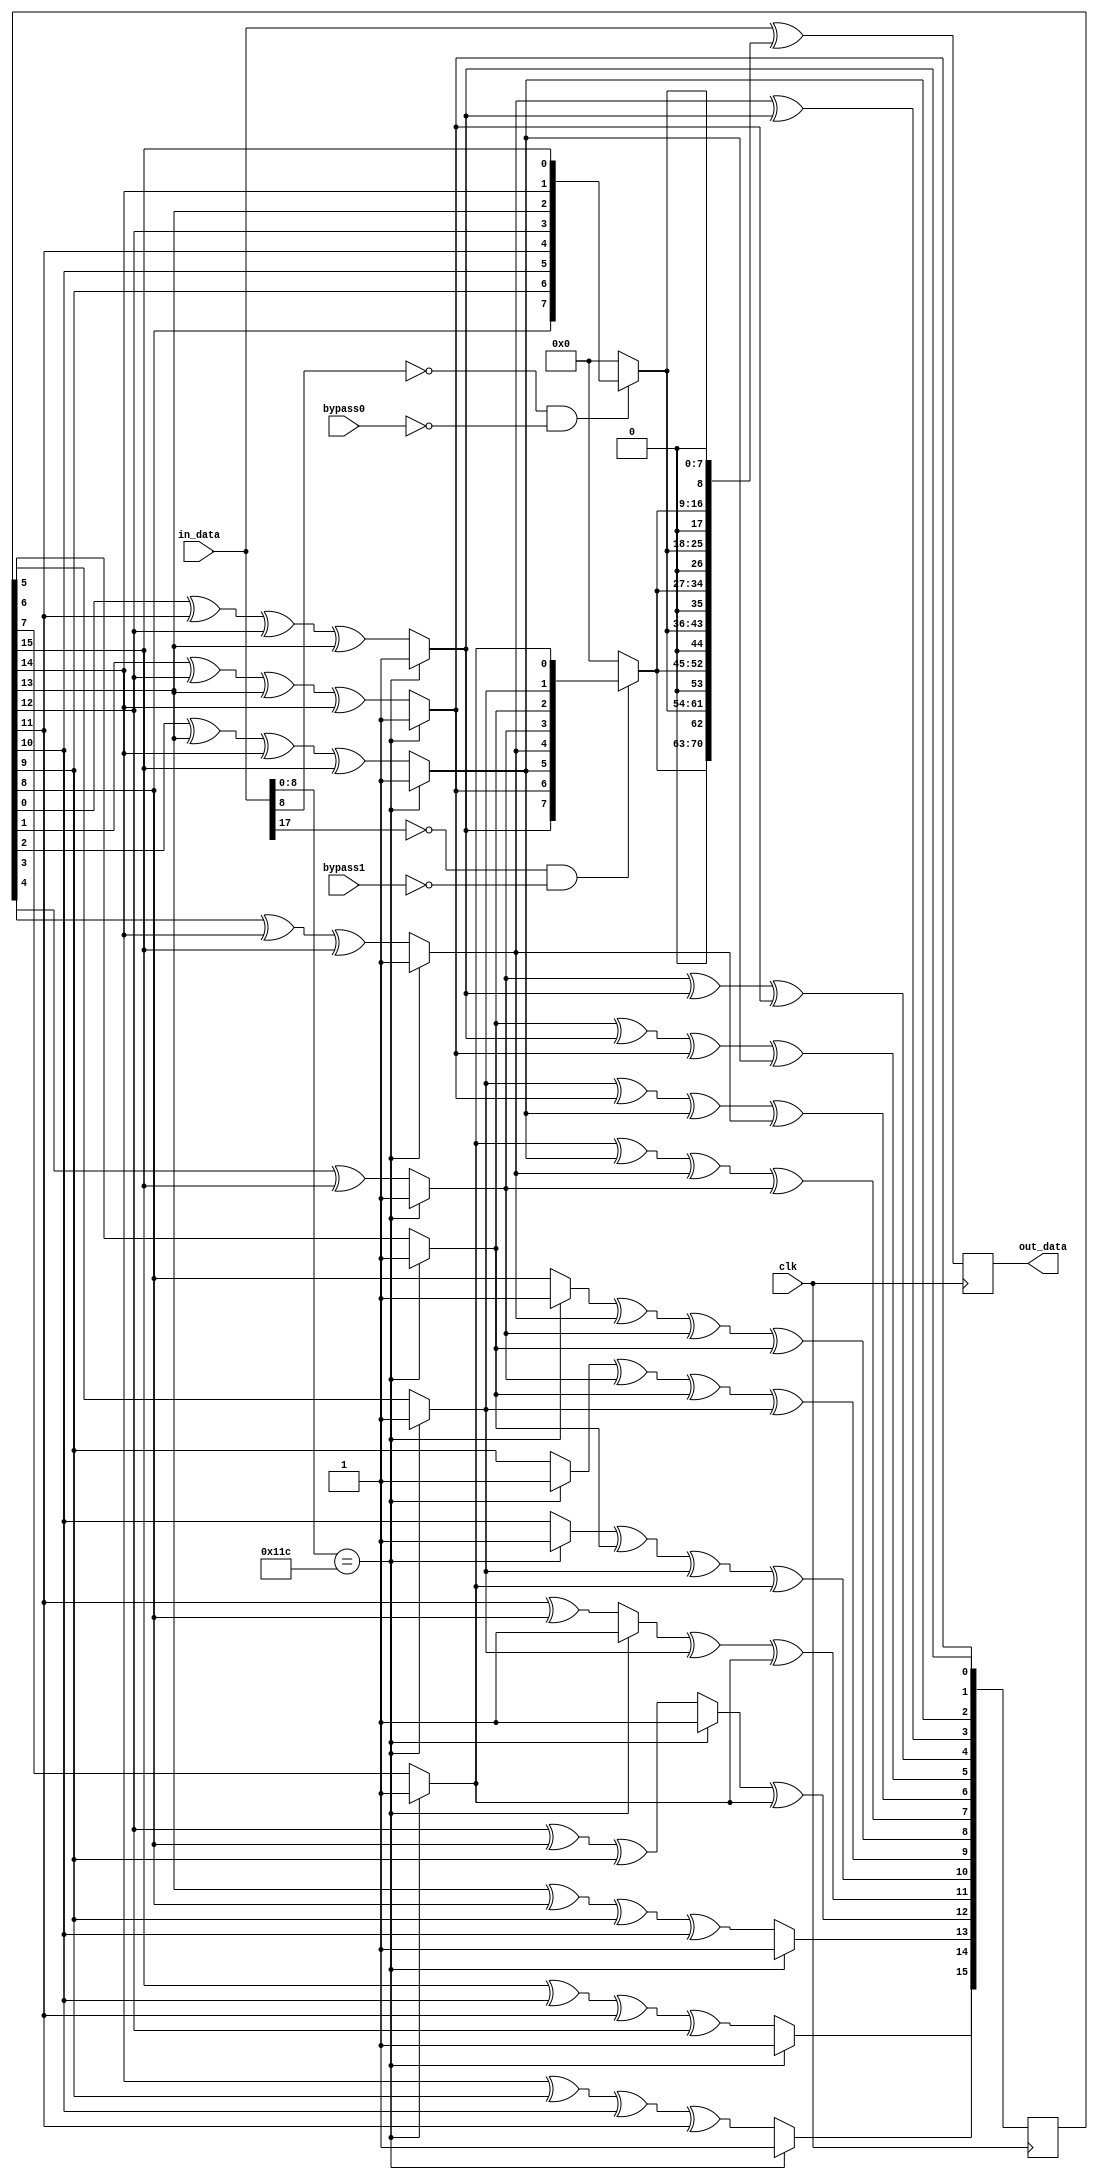
// This program was cloned from: https://github.com/hamsternz/DisplayPort_Verilog
// License: MIT License

///////////////////////////////////////////////////////////////////////////////
// ./src/scrambler_all_channels.v : 
//
//
// Part of the DisplayPort_Verlog project - an open implementation of the 
// DisplayPort protocol for FPGA boards. 
//
// See https://github.com/hamsternz/DisplayPort_Verilog for latest versions.
//
///////////////////////////////////////////////////////////////////////////////
// Version |  Notes
// ----------------------------------------------------------------------------
//   1.0   | Initial Release
//
///////////////////////////////////////////////////////////////////////////////
//
// MIT License
// 
// Copyright (c) 2019 Mike Field
// 
// Permission is hereby granted, free of charge, to any person obtaining a copy
// of this software and associated documentation files (the "Software"), to deal
// in the Software without restriction, including without limitation the rights
// to use, copy, modify, merge, publish, distribute, sublicense, and/or sell
// copies of the Software, and to permit persons to whom the Software is
// furnished to do so, subject to the following conditions:
// 
// The above copyright notice and this permission notice shall be included in all
// copies or substantial portions of the Software.
// 
// THE SOFTWARE IS PROVIDED "AS IS", WITHOUT WARRANTY OF ANY KIND, EXPRESS OR
// IMPLIED, INCLUDING BUT NOT LIMITED TO THE WARRANTIES OF MERCHANTABILITY,
// FITNESS FOR A PARTICULAR PURPOSE AND NONINFRINGEMENT. IN NO EVENT SHALL THE
// AUTHORS OR COPYRIGHT HOLDERS BE LIABLE FOR ANY CLAIM, DAMAGES OR OTHER
// LIABILITY, WHETHER IN AN ACTION OF CONTRACT, TORT OR OTHERWISE, ARISING FROM,
// OUT OF OR IN CONNECTION WITH THE SOFTWARE OR THE USE OR OTHER DEALINGS IN THE
// SOFTWARE.
//
///////////////////////////////////////////////////////////////////////////////
//
// Want to say thanks?
//
// This design has taken many hours - 3 months of work for the initial VHDL
// design, and another month or so to convert it to Verilog for this release.
//
// I'm more than happy to share it if you can make use of it. It is released
// under the MIT license, so you are not under any onus to say thanks, but....
//
// If you what to say thanks for this design either drop me an email, or how about
// trying PayPal to my email (hamster@snap.net.nz)?
//
//  Educational use - Enough for a beer
//  Hobbyist use    - Enough for a pizza
//  Research use    - Enough to take the family out to dinner
//  Commercial use  - A weeks pay for an engineer (I wish!)
//
///////////////////////////////////////////////////////////////////////////////
`timescale 1ns / 1ps

module  scrambler_all_channels(
    input         clk,
    input         bypass0,
    input         bypass1,
    
    input  [71:0] in_data,
    output reg [71:0] out_data
);

    //--------------------------------------------------------------------------------
    // Should be verified against the table in Appendix C of the "PCI Express Base 
    // Specification 2.1" which uses the same polynomial.
    //
    // Here are the first 32 output words when data values of "00" are scrambled: 
    //
    //    | 00 01 02 03 04 05 06 07 08 09 0A 0B 0C 0D 0E 0F
    // ---+------------------------------------------------
    // 00 | FF 17 C0 14 B2 E7 02 82 72 6E 28 A6 BE 6D BF 8D
    // 10 | BE 40 A7 E6 2C D3 E2 B2 07 02 77 2A CD 34 BE E0
    //
    //--------------------------------------------------------------------------------
	
    localparam [15:0] lfsr_reset_state = 16'b1111111111111111;
    reg [15:0] lfsr_state = lfsr_reset_state;
    localparam [8:0] SR  = 9'b100011100; // K28.0 is used to signal a reset for the scrambler
    wire [15:0]  s0;
    wire [15:0]  s1;
    wire [17:0]  flipping;

	assign s0 = lfsr_state;

    // generate intermediate scrambler state
    assign s1[0]  = (in_data[8:0] == SR) ? lfsr_reset_state[0]  : s0[8];
    assign s1[1]  = (in_data[8:0] == SR) ? lfsr_reset_state[1]  : s0[9];
    assign s1[2]  = (in_data[8:0] == SR) ? lfsr_reset_state[2]  : s0[10];
    assign s1[3]  = (in_data[8:0] == SR) ? lfsr_reset_state[3]  : s0[11]                   ^ s0[8];
    assign s1[4]  = (in_data[8:0] == SR) ? lfsr_reset_state[4]  : s0[12]          ^ s0[8]  ^ s0[9];
    assign s1[5]  = (in_data[8:0] == SR) ? lfsr_reset_state[5]  : s0[13] ^ s0[8]  ^ s0[9]  ^ s0[10];
    assign s1[6]  = (in_data[8:0] == SR) ? lfsr_reset_state[6]  : s0[14] ^ s0[9]  ^ s0[10] ^ s0[11];
    assign s1[7]  = (in_data[8:0] == SR) ? lfsr_reset_state[7]  : s0[15] ^ s0[10] ^ s0[11] ^ s0[12];
    assign s1[8]  = (in_data[8:0] == SR) ? lfsr_reset_state[8]  : s0[0]  ^ s0[11] ^ s0[12] ^ s0[13];
    assign s1[9]  = (in_data[8:0] == SR) ? lfsr_reset_state[9]  : s0[1]  ^ s0[12] ^ s0[13] ^ s0[14];
    assign s1[10] = (in_data[8:0] == SR) ? lfsr_reset_state[10] : s0[2]  ^ s0[13] ^ s0[14] ^ s0[15];
    assign s1[11] = (in_data[8:0] == SR) ? lfsr_reset_state[11] : s0[3]  ^ s0[14] ^ s0[15];
    assign s1[12] = (in_data[8:0] == SR) ? lfsr_reset_state[12] : s0[4]  ^ s0[15];
    assign s1[13] = (in_data[8:0] == SR) ? lfsr_reset_state[13] : s0[5];
    assign s1[14] = (in_data[8:0] == SR) ? lfsr_reset_state[14] : s0[6];
    assign s1[15] = (in_data[8:0] == SR) ? lfsr_reset_state[15] : s0[7];                

    assign flipping[8:0]  = (in_data[8]  == 1'b0 && bypass0 == 1'b0) ? {1'b0, s0[8], s0[9], s0[10], s0[11], s0[12], s0[13], s0[14], s0[15]} : 9'b000000000;
    assign flipping[17:9] = (in_data[17] == 1'b0 && bypass1 == 1'b0) ? {1'b0, s1[8], s1[9], s1[10], s1[11], s1[12], s1[13], s1[14], s1[15]} : 9'b000000000;

initial begin
    out_data <= 72'b0;
    lfsr_state = 16'hFFFF;
end


always @(posedge clk) begin    
    //------------------------------------------
    // Apply vector to channel 0
    //------------------------------------------        
    out_data <= in_data ^ {flipping, flipping, flipping, flipping};

    lfsr_state[0]  = (in_data[15:8] == SR) ? lfsr_reset_state[0]  : s1[8];
    lfsr_state[1]  = (in_data[15:8] == SR) ? lfsr_reset_state[0]  : s1[9];
    lfsr_state[2]  = (in_data[15:8] == SR) ? lfsr_reset_state[0]  : s1[10];
    lfsr_state[3]  = (in_data[15:8] == SR) ? lfsr_reset_state[0]  : s1[11]                   ^ s1[8];
    lfsr_state[4]  = (in_data[15:8] == SR) ? lfsr_reset_state[0]  : s1[12]          ^ s1[8]  ^ s1[9];
    lfsr_state[5]  = (in_data[15:8] == SR) ? lfsr_reset_state[0]  : s1[13] ^ s1[8]  ^ s1[9]  ^ s1[10];
    lfsr_state[6]  = (in_data[15:8] == SR) ? lfsr_reset_state[0]  : s1[14] ^ s1[9]  ^ s1[10] ^ s1[11];
    lfsr_state[7]  = (in_data[15:8] == SR) ? lfsr_reset_state[0]  : s1[15] ^ s1[10] ^ s1[11] ^ s1[12];
    lfsr_state[8]  = (in_data[15:8] == SR) ? lfsr_reset_state[0]  : s1[0]  ^ s1[11] ^ s1[12] ^ s1[13];
    lfsr_state[9]  = (in_data[15:8] == SR) ? lfsr_reset_state[0]  : s1[1]  ^ s1[12] ^ s1[13] ^ s1[14];
    lfsr_state[10] = (in_data[15:8] == SR) ? lfsr_reset_state[0]  : s1[2]  ^ s1[13] ^ s1[14] ^ s1[15];
    lfsr_state[11] = (in_data[15:8] == SR) ? lfsr_reset_state[0]  : s1[3]  ^ s1[14] ^ s1[15];
    lfsr_state[12] = (in_data[15:8] == SR) ? lfsr_reset_state[0]  : s1[4]  ^ s1[15];
    lfsr_state[13] = (in_data[15:8] == SR) ? lfsr_reset_state[0]  : s1[5];
    lfsr_state[14] = (in_data[15:8] == SR) ? lfsr_reset_state[0]  : s1[6];
    lfsr_state[15] = (in_data[15:8] == SR) ? lfsr_reset_state[0]  : s1[7];                
end
endmodule